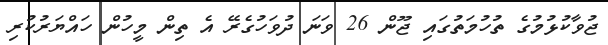
ޖުވާކުޅުމުގެ ތުހުމަތުގައި ޖޫން 26 ވަނަ ދުވަހުގެރޭ އެ ތިން މީހުން ހައްޔަރުކުރި